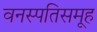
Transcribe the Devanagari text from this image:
वनस्पतिसमूह